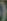
(